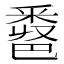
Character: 𨤖